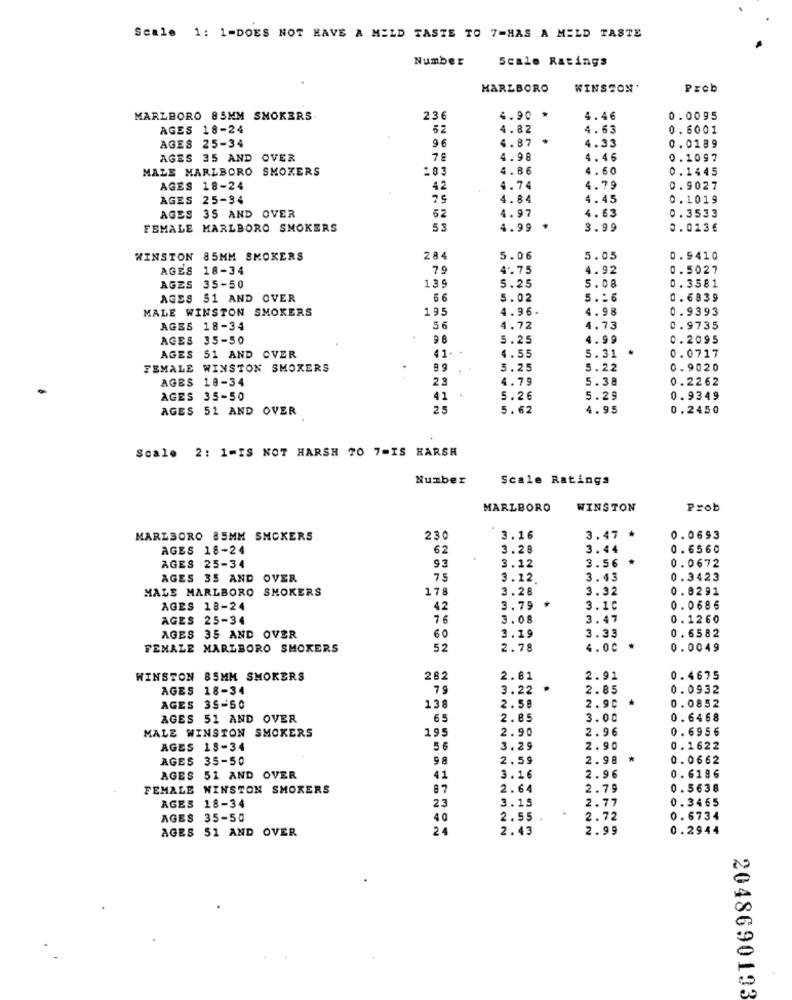
Scale 1: 1-DOES NOT HAVE A MELD TASTE TO 7=HAS A MELD TASTE
Number
Scale Ratings
MARLBORO
WINSTON'
Prob
MARLBORO 85MM SMOKERS
236
4.90
4.46
0.0095
AGES 18-24
52
4.82
4.63
0.6001
AGES 25-34
96
4.87
4.33
0.0189
AGES 35 AND OVER
4.98
4.46
0.1097
MALE MARLBORO SMOKERS
4.86
4.60
0.1445
AGES 18-24
42
4.74
4.79
0. 9027
AGES 25-34
79
4.84
4.45
0.1019
AGES 35 AND OVER
4.97
52
4.63
0.3533
FEMALE MARLBORO SMOKERS
53
4.99
3.99
0.013€
WINSTON
WINSTON 85MM SMOKERS
284
5.06
5.05
0.9410
AGES 18-34
79
4 .75
4.92
0.5027
139
0.3581
AGES 35-50
5.25
5.08
AGES 51 AND OVER
6 6
5.02
5 .: 6
0.6839
MALE WINSTON SMOKERS
195
4.96-
4.98
0.9393
AGES 18-34
56
4.72
4.73
0.9735
AGES 35-50
9 6
5.25
4.99
0.2095
5.31
AGES 51 AND OVER
41.
4.55
0.0717
FEMALE WINSTON SMOKERS
8 9
5.25
5.22
0.9020
AGES 18-34
23
4.79
5.38
0.2262
AGES 35-50
41
5.26
5.29
0.9349
AGES 51 AND OVER
25
5.62
4.95
0.2450
Scale 2: 1=IS NOT HARSH 70 7=IS HARSH
Number
Scale Ratings
MARLBORO
WINSTON
Prob
MARLBORO 85MM SMOKERS
230
3.16
3.47 *
0.0693
AGES 18-24
62
3.28
3.44
0.6560
93
3.56
0.0672
AGES 25-34
3.12
AGES 35 AND OVER
7.5
3.12.
3.43
0.3423
MALE MARLBORO SMOKERS
178
3.28
3.32
0. 8291
AGES 18-24
42
3.79 *
3.10
0.0686
AGES 25-34
76
3.08
3.47
0. 1260
60
3.33
0. 6582
AGES 35 AND OVER
3.19
FEMALE MARLBORO SMOKERS
52
2.78
4. 00
0.0049
WINSTON 85MM SMOKERS
282
2.81
2.91
0.4675
AGES 18-34
7 9
3.22
2.85
0.0932
138
2.90
AGES 35-50
2.58
0.0852
AGES 51 AND OVER
6-
2.85
3.00
0.6468
MALE WINSTON SMOKERS
195
2.90
2.96
0.6956
AGES 18-34
5 6
3.29
2.90
0.1622
AGES 35-50
2.59
2.98
0.0662
0.6186
AGES 51 AND OVER
41
3.16
2.96
FEMALE WINSTON SMOKERS
87
2.64
2.79
0.5638
AGES 18-34
23
3.15
2.77
0.3465
AGES 35-50
40
2.55
2.72
0.6734
AGES 51 AND OVER
24
2.43
2.99
0.2944
2048690193